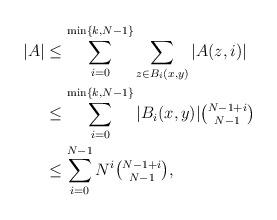
LaTeX: \begin{align*}|A| &\leq\sum_{i=0}^{\min\{k,N-1\}}\sum_{z\in B_i(x,y)}|A(z,i)| \\&\leq \sum_{i=0}^{\min\{k,N-1\}} |B_i(x,y)| \tbinom{N-1+i}{N-1} \\&\leq \sum_{i=0}^{N-1} N^i \tbinom{N-1+i}{N-1},\end{align*}